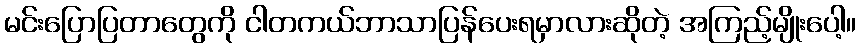
မင်းပြောပြတာတွေကို ငါတကယ်ဘာသာပြန်ပေးရမှာလားဆိုတဲ့ အကြည့်မျိုးပေါ့။